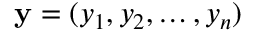
\mathbf { y } = ( y _ { 1 } , y _ { 2 } , \ldots , y _ { n } )